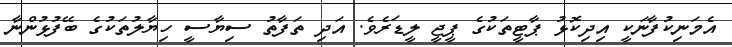
އެމަނިކުފާނަކީ އިދިކޮޅު ޕާޓީތަކުގެ ޕީޖީ ލީޑަރެވެ. އަދި ތަފާތު ސިޔާސީ ހިޔާލުތަކުގެ ބޭފުޅުންނާ